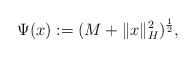
\begin{align*}\Psi(x):=(M+\|x\|_H^2)^{\frac12},\end{align*}